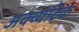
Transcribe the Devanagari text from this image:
अक्व्येटिक